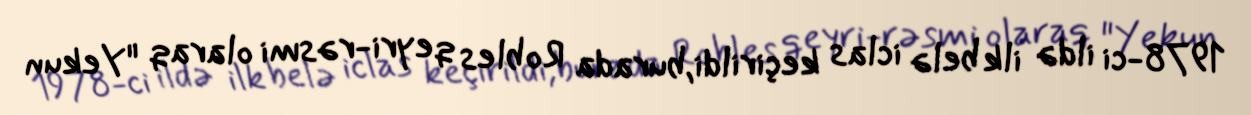
1978-ci ildə ilk belə iclas keçirildi,burada Robles qeyri-rəsmi olaraq "Yekun